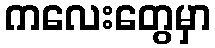
ကလေးတွေမှာ